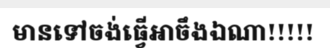
មានទៅចង់ធ្វើអាចឹងឯណា!!!!!